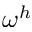
\omega ^ { h }